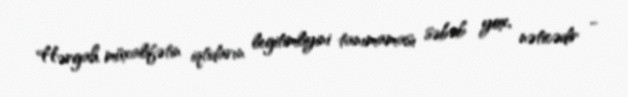
Hərgah müxalifətin iqtidarın legitimliyini tanımaması səbəb yox, nəticədir -